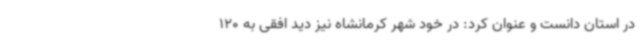
در استان دانست و عنوان کرد: در خود شهر کرمانشاه نیز دید افقی به 120